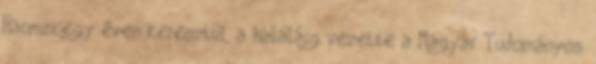
Harmincegy éven keresztül, a haláláig vezette a Magyar Tudományos